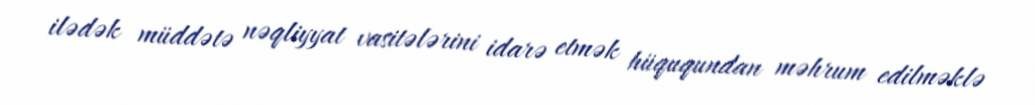
ilədək müddətə nəqliyyat vasitələrini idarə etmək hüququndan məhrum edilməklə